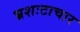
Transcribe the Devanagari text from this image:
भ्रशःटाचार